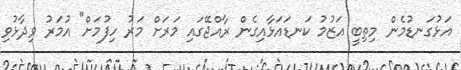
އަޅުގަނޑުމެން މިތިބީ އަޒުމު ކަނޑައަޅާއިގެން ރާއްޖޭގައި މަރަށް މަރު ހިފުމަށް" އުމަރު ވިދާޅުވި